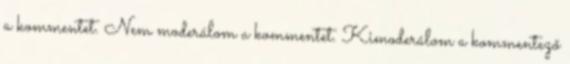
a kommentet. Nem moderálom a kommentet. Kimoderálom a kommentező